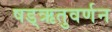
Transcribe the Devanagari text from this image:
षड्‌ऋतुवर्णन